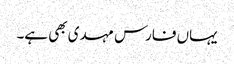
یہاں فارس مہدی بھی ہے۔